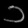
Digit: ၁